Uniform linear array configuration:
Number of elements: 12
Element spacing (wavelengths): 1
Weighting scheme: kaiser
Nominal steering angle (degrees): -60
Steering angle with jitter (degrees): -59.513
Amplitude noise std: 0.05
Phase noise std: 0.05

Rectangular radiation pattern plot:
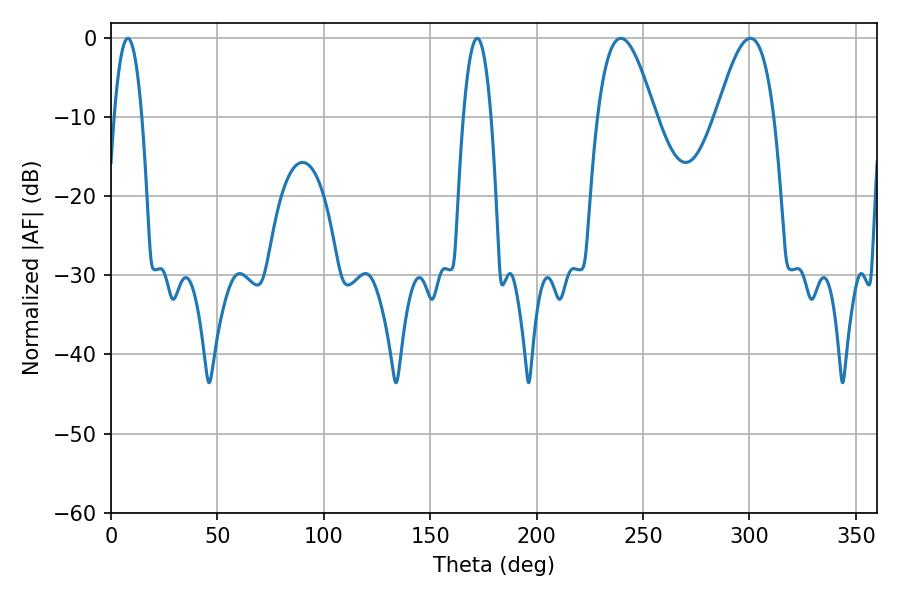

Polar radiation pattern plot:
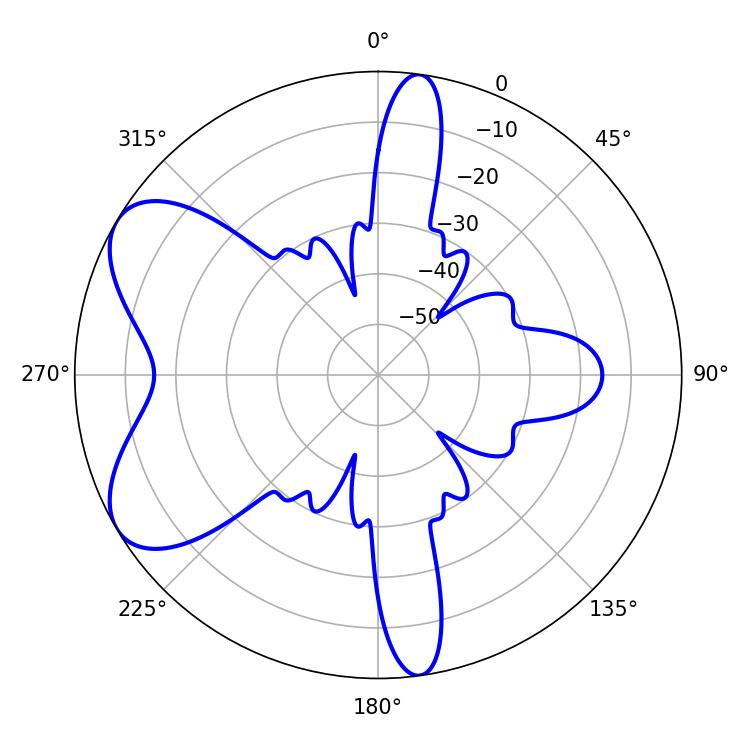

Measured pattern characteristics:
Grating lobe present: TRUE
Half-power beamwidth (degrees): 7.2
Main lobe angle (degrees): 7.92